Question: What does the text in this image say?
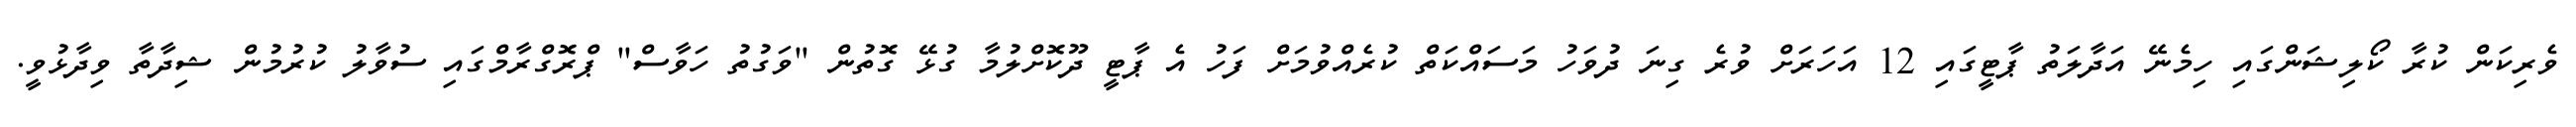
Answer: ވެރިކަން ކުރާ ކޯލިޝަންގައި ހިމެނޭ އަދާލަތު ޕާޓީގައި 12 އަހަރަށް ވުރެ ގިނަ ދުވަހު މަސައްކަތް ކުރެއްވުމަށް ފަހު އެ ޕާޓީ ދޫކޮށްލުމާ ގުޅޭ ގޮތުން "ވަގުތު ހަވާސް" ޕްރޮގްރާމްގައި ސުވާލު ކުރުމުން ޝިދާތާ ވިދާޅުވީ.